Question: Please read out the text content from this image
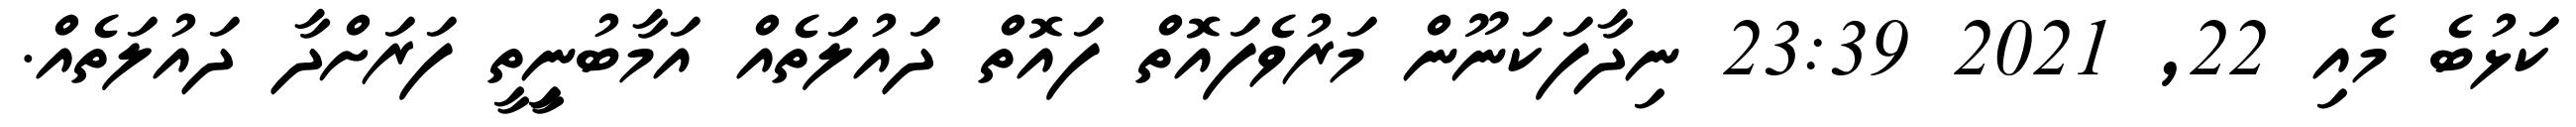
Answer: ކަޅުބެ މެއި 22, 2021 23:39 ނިދާފަކަނޫން މަރުވެފައޮތް ފައޮތް ދައުލަތެއް އަމާބުނީިތީ ފަރަށްދާ ދައުލަތެއް.